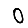
Digit: 0